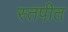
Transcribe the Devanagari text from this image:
स्तपीत